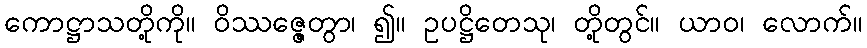
ကောဋ္ဌာသတို့ကို။ ဝိဿဇ္ဇေတွာ၊ ၍။ ဥပဋ္ဌိတေသု၊ တို့တွင်။ ယာဝ၊ လောက်။